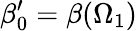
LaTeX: \beta_{0}^{\prime}=\beta(\Omega_{1})